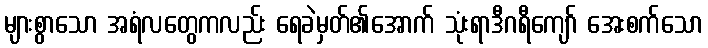
များစွာသော အရံလတွေကလည်း ရေခဲမှတ်၏အောက် သုံးရာဒီဂရီကျော် အေးစက်သော